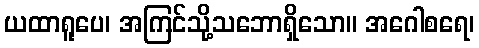
ယထာရူပေ၊ အကြင်သို့သဘောရှိသော။ အဂေါစရေ၊